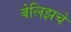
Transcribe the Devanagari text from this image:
बेलिझचे